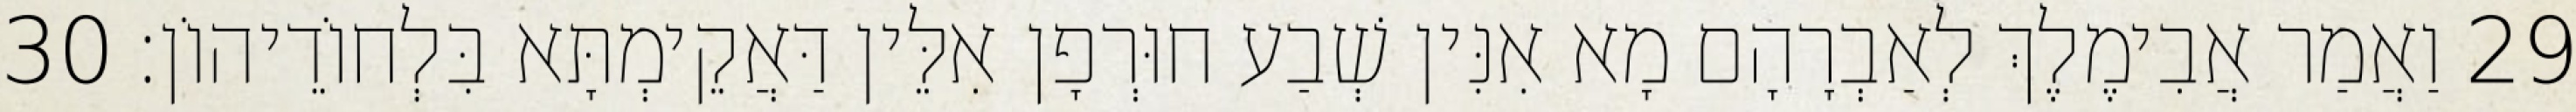
29 וַאֲמַר אֲבִימֶלֶךְ לְאַבְרָהָם מָא אִנִּין שְׁבַע חוּרְפָן אִלֵּין דַּאֲקֵימְתָּא בִּלְחוֹדֵיהוֹן׃ 30